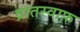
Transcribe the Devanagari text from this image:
व्रातस्वाफ़